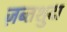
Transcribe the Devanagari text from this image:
ज़ब्तशुदा